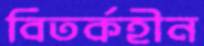
বিতর্কহীন